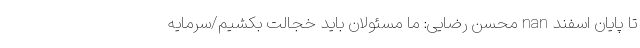
تا پایان اسفند nan محسن رضایی: ما مسئولان باید خجالت بکشیم/سرمایه